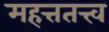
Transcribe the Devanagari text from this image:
महत्ततत्त्व